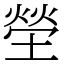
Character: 塋